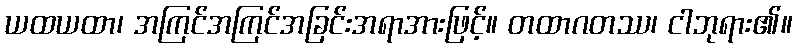
ယထယထာ၊ အကြင်အကြင်အခြင်းအရာအားဖြင့်။ တထာဂတဿ၊ ငါဘုရား၏။